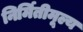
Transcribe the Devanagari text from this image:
निर्मितीमूल्य